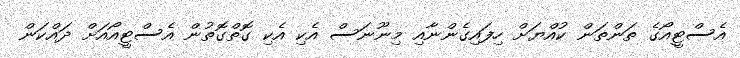
އެސްޓީއޯގެ ތަންތަން ކުއްޔަށް ހިފައިގެންނާއި މިނޫނަސް އެކި އެކި ގޮތްގޮތުން އެސްޓީއޯއަށް ދައްކަން